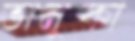
ভানুকা